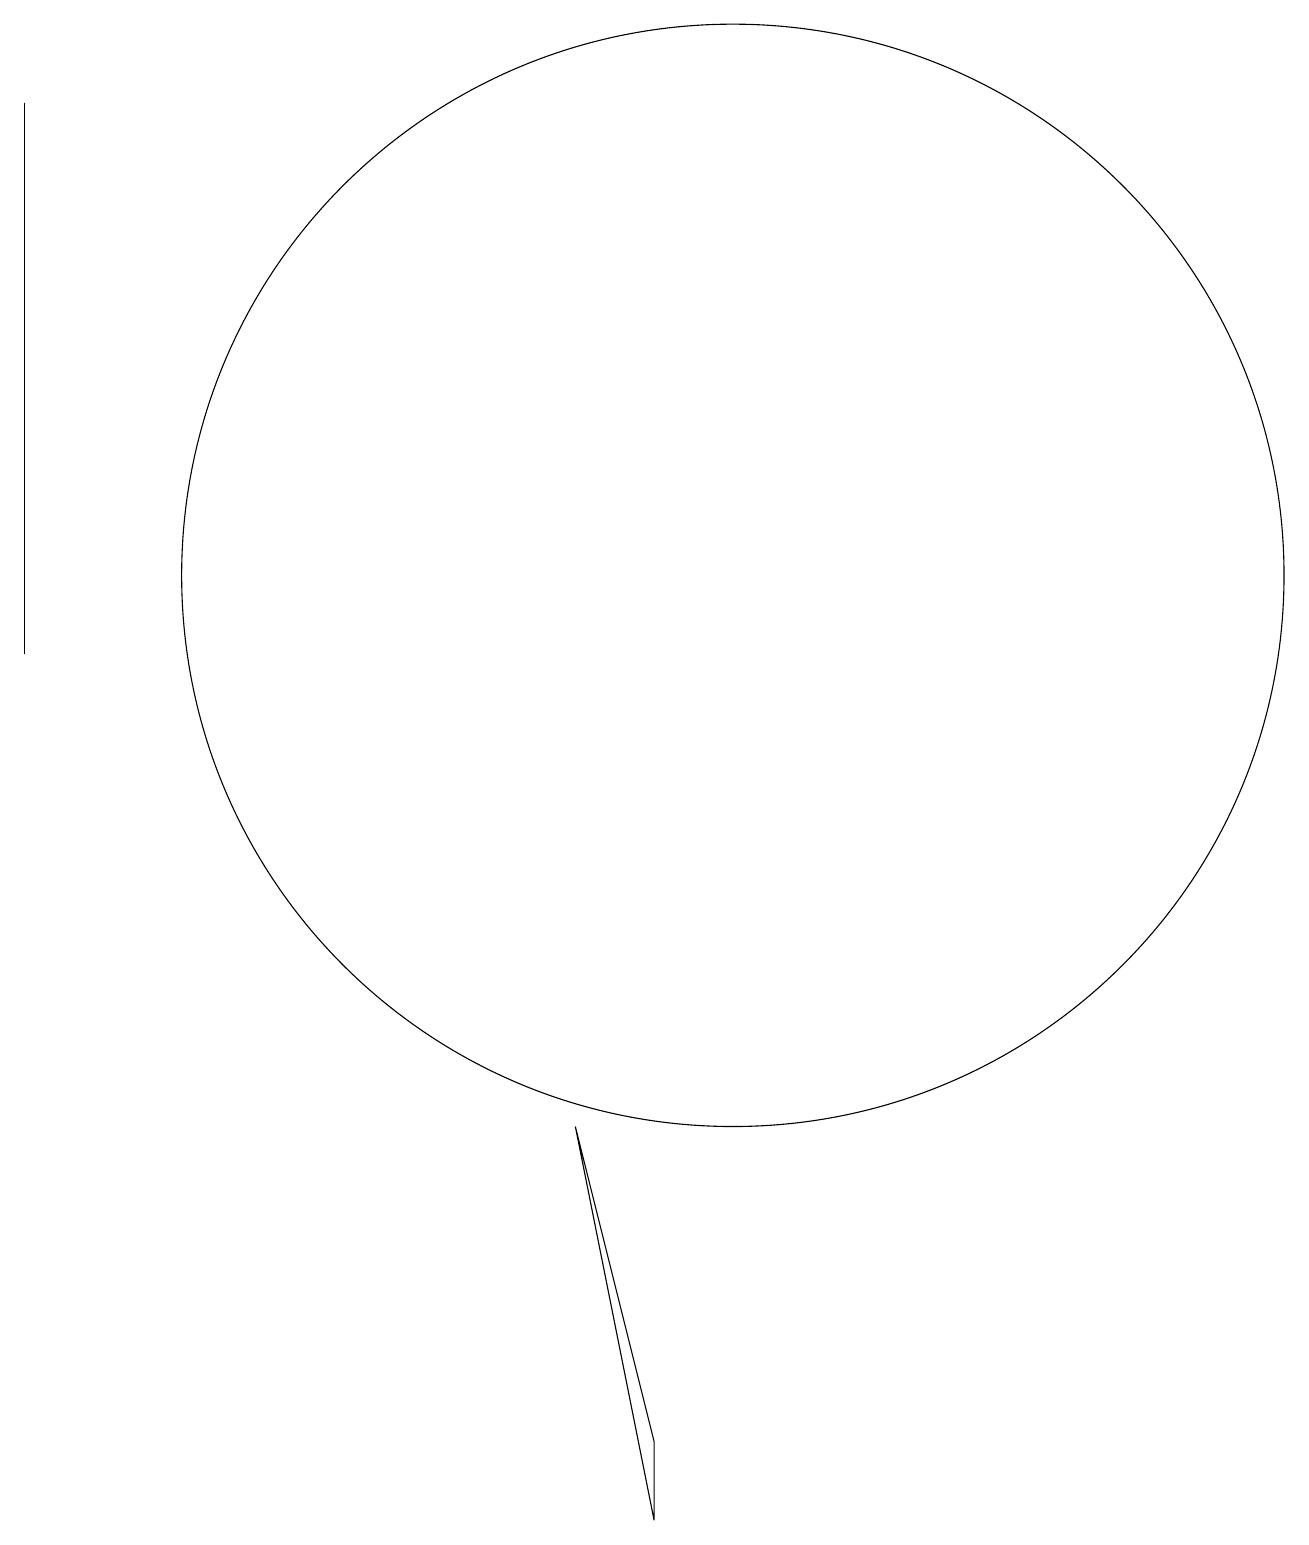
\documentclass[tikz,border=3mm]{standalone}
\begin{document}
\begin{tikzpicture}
\draw (1,11) rectangle (1,18);
\draw (10,12) circle (7);
\draw (8,5) -- (9,1) -- (9,0) -- cycle;
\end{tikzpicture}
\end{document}